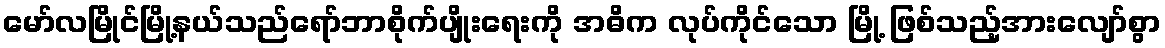
မော်လမြိုင်မြို့နယ်သည်ရော်ဘာစိုက်ပျိုးရေးကို အဓိက လုပ်ကိုင်သော မြို့ ဖြစ်သည့်အားလျော်စွာ